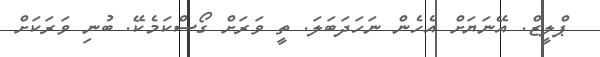
ޕްލީޒް. އޭނަޔަށް އެހެން ނަހަދަބަލަ. ތީ ވަރަށް ގޯސްކަމެކޭ. ބުނި ވަރަކަށް